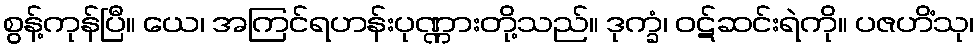
စွန့်ကုန်ပြီ။ ယေ၊ အကြင်ရဟန်းပုဏ္ဏားတို့သည်။ ဒုက္ခံ၊ ဝဋ်ဆင်းရဲကို။ ပဇဟိံသု၊